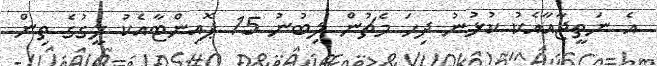
އެ ނަތީޖާއާއެކު ކުޅުނު ދިހަ މެޗުން ލިބުނު 15 ޕޮއިންޓާއެކު ލީގުގެ ތިން